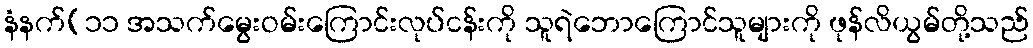
နံနက်(၁၁ အသက်မွေးဝမ်းကြောင်းလုပ်ငန်းကို သူရဲဘောကြောင်သူများကို ဖုန်လိယွမ်တို့သည်